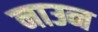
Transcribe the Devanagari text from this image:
नाउन